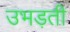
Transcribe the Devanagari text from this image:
उभड़ती